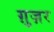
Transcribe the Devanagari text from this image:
ग़ुज़र